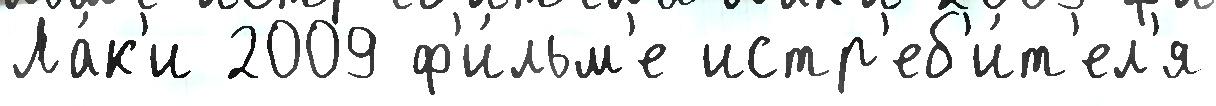
Ла́к'и 2009 ф'и́льм'е истр'еб'и́т'ел'я